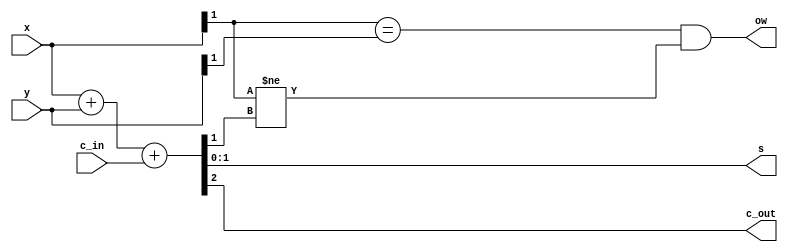
// Sommatore valido sia per naturali che per interi, in base 2.
// Sia input che output sono a N cifre.
// Il circuito ha in uscita sia il carry che l'overflow, sta all'utilizzatore collegare quello corretto.
module add( 
    x, y, c_in,
    s, c_out, ow    
);
    parameter N = 2;

    input [N-1:0] x, y;
    input c_in;

    output [N-1:0] s;
    output c_out, ow;

    assign #1 {c_out, s} = x + y + c_in;
    assign #1 ow = (x[N-1] == y[N-1]) && (x[N-1] != s[N-1]);

endmodule

// Moltiplicatore con addizionatore per naturali in base 2.
// Moltiplicando (x) e addendo (c) a N bit, moltiplicatore (y) a M bit.
// Risultato (m) su N+M bit
module mul_add_nat(
    x, y, c,
    m
);

    parameter N = 2;
    parameter M = 2;

    input [N-1:0] x, c;
    input [M-1:0] y;

    output [N+M-1:0] m;

    assign #1 m = (x * y) + c;

endmodule

// Comparatore per naturali in base 2.
// Ingressi a N bit.
// Il flag min vale 1 se a < b
// Il flag eq vale 1 se a == b
module comp_nat(
    a, b,
    min, eq 
);

    parameter N = 2;

    input [N-1:0] a, b;
    output min, eq;

    assign min = (a < b);
    assign eq = (a == b);

endmodule